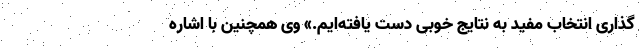
گذاری انتخاب مفید به نتایج خوبی دست یافته‌ایم.» وی همچنین با اشاره